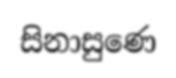
සිනාසුණෙ